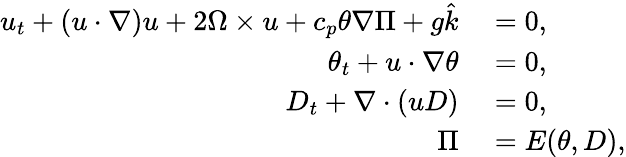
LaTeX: \begin{array}{rl}{u_{t}+(u\cdot\nabla)u+2\Omega\times u+c_{p}\theta\nabla\Pi+g\hat{k}}&{{}=0,}\\ {\theta_{t}+u\cdot\nabla\theta}&{{}=0,}\\ {D_{t}+\nabla\cdot(uD)}&{{}=0,}\\ {\Pi}&{{}=E(\theta,D),}\end{array}